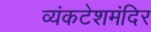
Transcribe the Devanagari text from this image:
व्यंकटेशमंदिर